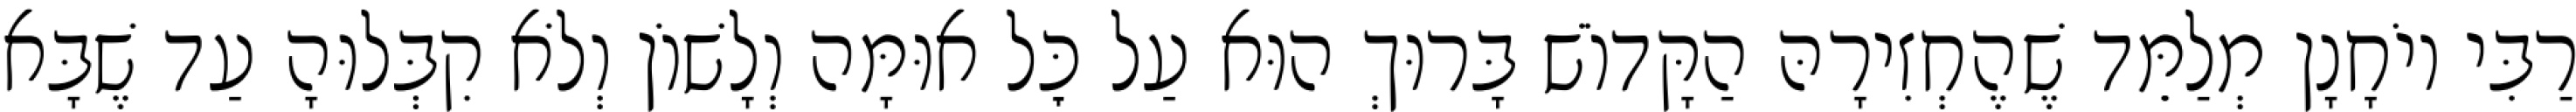
רַבִּי יוֹחָנָן מְלַמֵּד שֶׁהֶחְזִירָהּ הַקָּדוֹשׁ בָּרוּךְ הוּא עַל כׇּל אוּמָּה וְלָשׁוֹן וְלֹא קִבְּלוּהָ עַד שֶׁבָּא